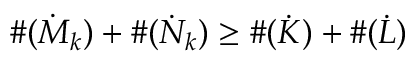
\# ( \dot { M } _ { k } ) + \# ( \dot { N } _ { k } ) \geq \# ( \dot { K } ) + \# ( \dot { L } )